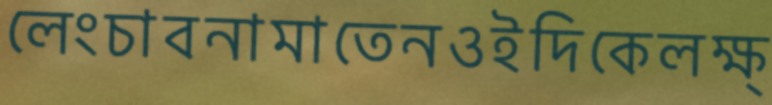
লেংচাবনামাতেনওইদিকেলক্ষ্